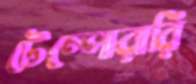
টেম্পোরারি